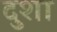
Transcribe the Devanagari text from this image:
दुशा